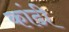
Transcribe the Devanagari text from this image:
कांढी